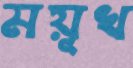
ময়ূখ